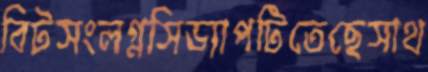
বিটসংলগ্নসিড্যাপটিতেছেসাথ